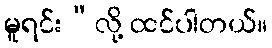
မူရင်း”လို့ ထင်ပါတယ်။